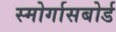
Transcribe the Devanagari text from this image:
स्मोर्गासबोर्ड